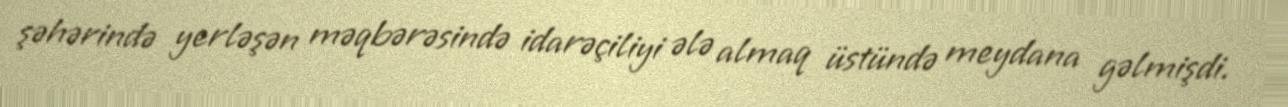
şəhərində yerləşən məqbərəsində idarəçiliyi ələ almaq üstündə meydana gəlmişdi.